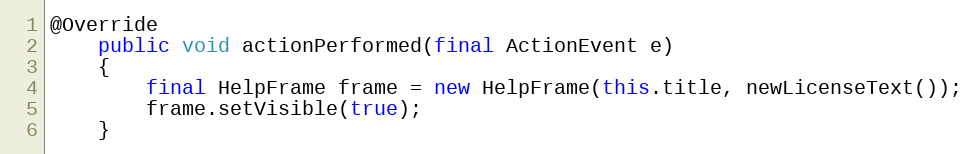
Language: Java
@Override
	public void actionPerformed(final ActionEvent e)
	{
		final HelpFrame frame = new HelpFrame(this.title, newLicenseText());
		frame.setVisible(true);
	}